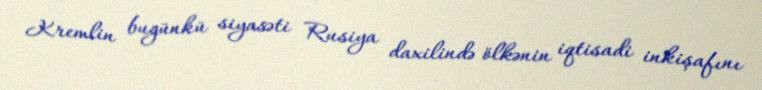
Kremlin bugünkü siyasəti Rusiya daxilində ölkənin iqtisadi inkişafını